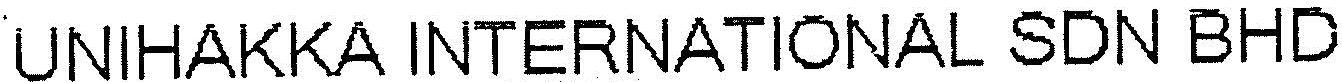
UNIHAKKA INTERNATIONAL SDN BHD